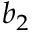
b _ { 2 }